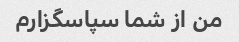
من از شما سپاسگزارم